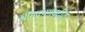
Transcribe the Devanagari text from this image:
श्रीमदभगवद्गीता